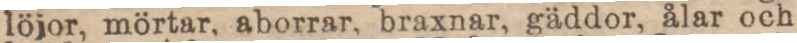
löjor, mörtar, aborrar, braxnar, gäddor, ålar och